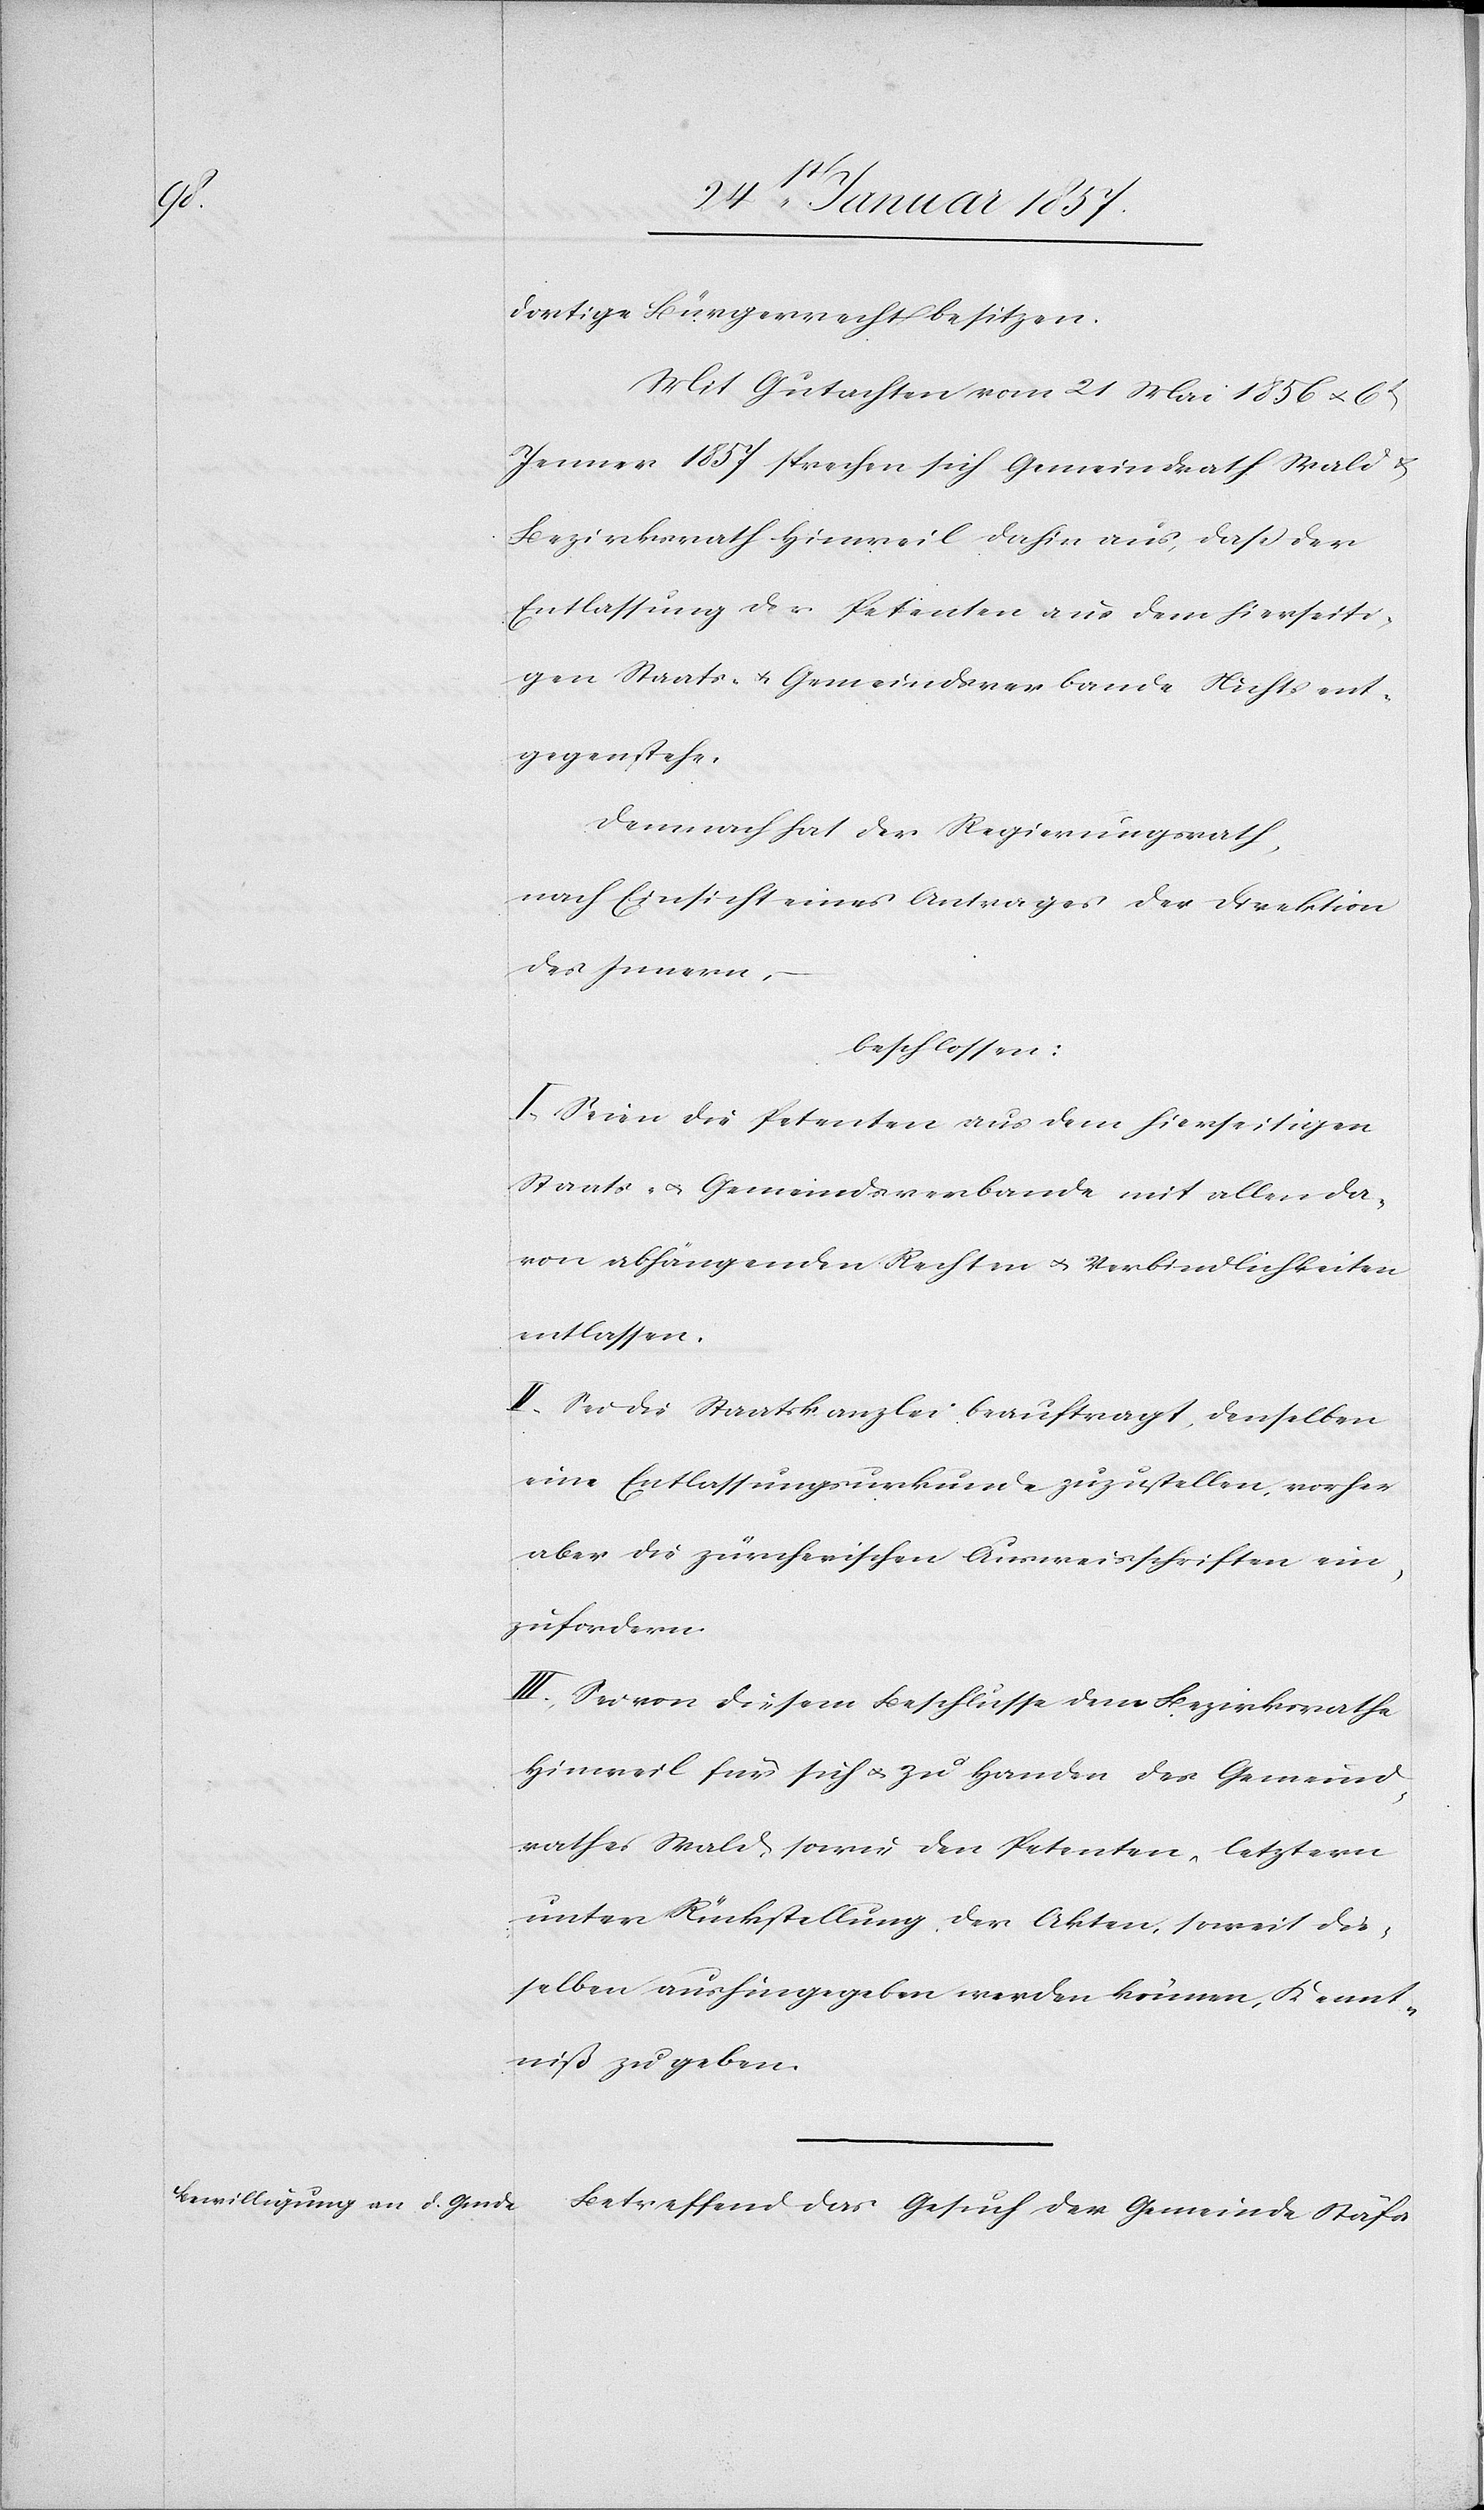
dortige Bürgerrecht besitzen.
Mit Gutachten vom 21 Mai 1856 u. 6t
Januar 1857 sprechen sich Gemeindrath Wald &
Bezirksrath Hinweil dahin aus daß der
Entlassung der Petenten aus dem hierseiti¬
gen Staats- & Gemeindeverbande Nichts ent¬
gegenstehe.
Demnach hat der Regierungsrath,
nach Einsicht eines Antrages der Direktion
des Innern,
beschlossen:
I. Seien die Petenten aus dem hierseitigen
Staats- u. Gemeindsverbande mit allen da¬
von abhängenden Rechten u. Verbindlichkeiten
entlassen.
II. Sei die Staatskanzlei beauftragt, denselben
eine Entlassungsurkunde zuzustellen, vorher
aber die zürcherischen Ausweisschriften ein¬
zufordern.
III. Sei von diesem Beschlusse dem Bezirksrathe
Hinweil für sich & zu Handen des Gemeind¬
rathes Wald sowie den Petenten, letztern
unter Rückstellung, der Akten, soweit die¬
selben aushingegeben werden können, Kennt¬
niß zu geben.
Betreffend das Gesuch der Gemeinde Stäfa